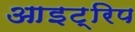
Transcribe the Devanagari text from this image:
आइट्रिप